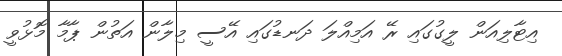
އިޓާލިއަން ލީގުގައި ރޭ އަމިއްލަ ދަނޑުގައި އޭސީ މިލާން އަތުން ޕާމާ މޮޅުވީ